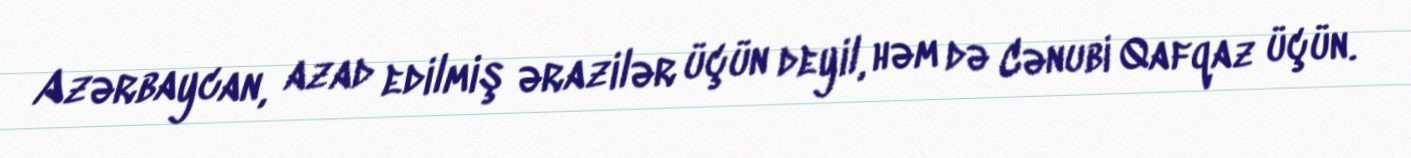
Azərbaycan, azad edilmiş ərazilər üçün deyil, həm də Cənubi Qafqaz üçün.